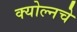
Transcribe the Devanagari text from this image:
क्योल्नचे